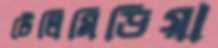
টেলিমিডিয়া